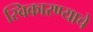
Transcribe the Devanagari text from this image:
स्विकारण्याचे